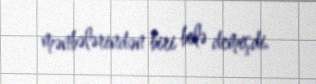
mənbələrindən biri belə demişdi.